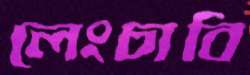
লেংচাবি